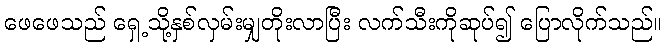
ဖေဖေသည် ရှေ့သို့နှစ်လှမ်းမျှတိုးလာပြီး လက်သီးကိုဆုပ်၍ ပြောလိုက်သည်။